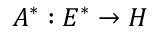
A ^ { * } : E ^ { * } \to H